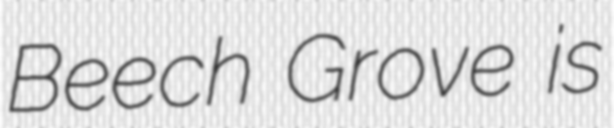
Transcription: Beech Grove is